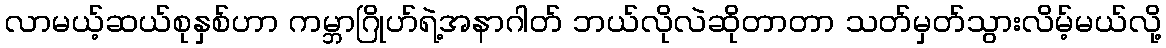
လာမယ့်ဆယ်စုနှစ်ဟာ ကမ္ဘာဂြိုဟ်ရဲ့အနာဂါတ် ဘယ်လိုလဲဆိုတာတာ သတ်မှတ်သွားလိမ့်မယ်လို့